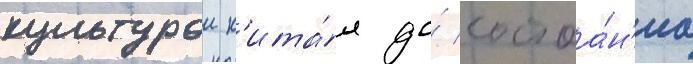
культурои к'ита́я до́ состоа́н'иа